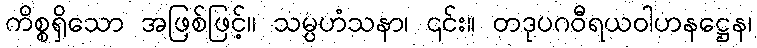
ကိစ္စရှိသော အဖြစ်ဖြင့်။ သမ္ပဟံသနာ၊ ၎င်း။ တဒုပဂဝီရယဝါဟနဋ္ဌေန၊